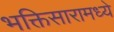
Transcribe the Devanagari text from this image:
भक्तिसारामध्ये